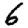
Digit: 6